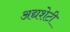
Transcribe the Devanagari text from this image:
अद्यशेटी